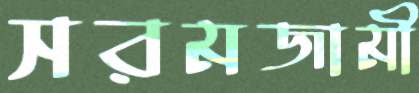
সরমজামী